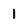
Character: 1